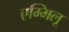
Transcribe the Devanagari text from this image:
एम्मिलू